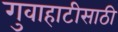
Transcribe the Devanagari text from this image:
गुवाहाटीसाठी